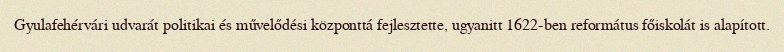
Gyulafehérvári udvarát politikai és művelődési központtá fejlesztette, ugyanitt 1622-ben református főiskolát is alapított.